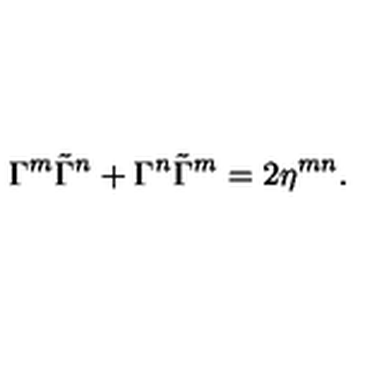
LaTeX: \Gamma ^ { m } \tilde { \Gamma } ^ { n } + \Gamma ^ { n } \tilde { \Gamma } ^ { m } = 2 \eta ^ { m n } .